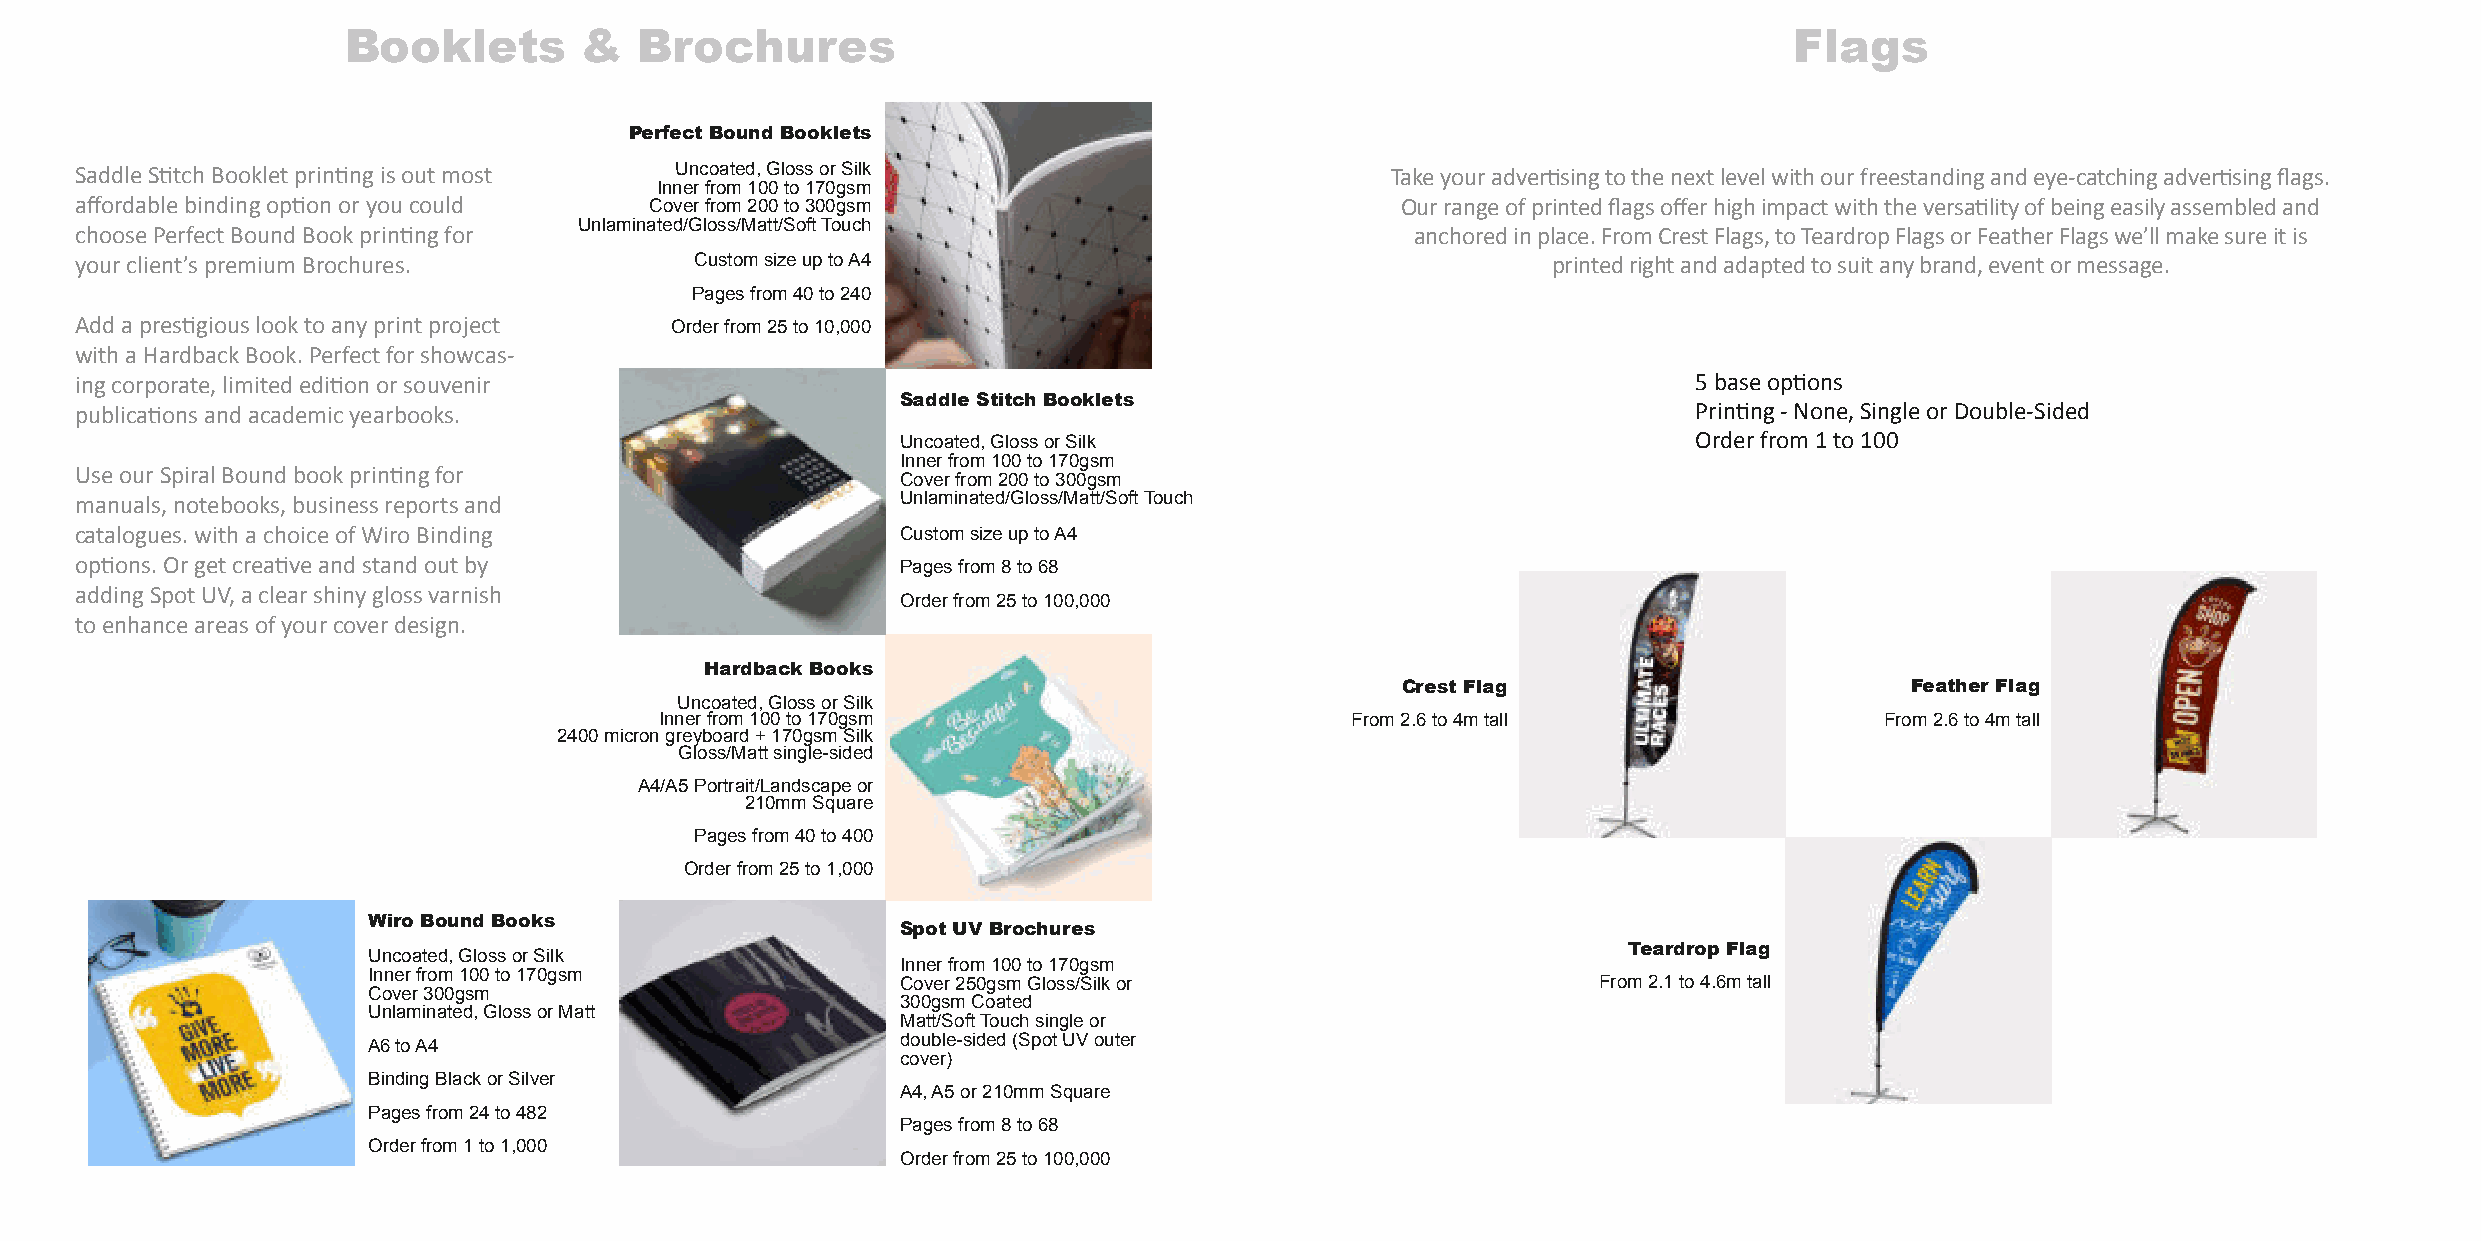
Booklets        &  Brochures                                                                    Flags
 PerfectBound Booklets
 SaddleS�tchBookletprin�ngisoutmost      Uncoated,GlossorSilk                           Takeyouradver�singtothenextlevelwithourfreestandingandeye-catchingadver�singflags.
 Innerfrom100to170gsm
 affordablebindingop�onoryoucould      Coverfrom200to300gsm                              Ourrangeofprintedflagsofferhighimpactwiththeversa�lityofbeingeasilyassembledand
 Unlaminated/Gloss/Matt/SoftTouch
 choosePerfectBoundBookprin�ngfor                                                         anchoredinplace.FromCrestFlags,toTeardropFlagsorFeatherFlagswe’llmakesureitis
 yourclient’spremiumBrochures.            CustomsizeuptoA4                                         printedrightandadaptedtosuitanybrand,eventormessage.
 Pagesfrom40to240
 Addapres�giouslooktoanyprintproject    Orderfrom25to10,000
 withaHardbackBook.Perfectforshowcas-
 ingcorporate,limitededi�onorsouvenir                                                                       5baseop�ons
 Saddle Stitch Booklets
 publica�onsandacademicyearbooks.                                                                           Prin�ng-None,SingleorDouble-Sided
 Uncoated,GlossorSilk                                Orderfrom1to100
 Innerfrom100to170gsm
 UseourSpiralBoundbookprin�ngfor
 Coverfrom200to300gsm
 manuals,notebooks,businessreportsand                   Unlaminated/Gloss/Matt/SoftTouch
 catalogues.withachoiceofWiroBinding                    CustomsizeuptoA4
 op�ons.Orgetcrea�veandstandoutby                       Pagesfrom8to68
 addingSpotUV,aclearshinyglossvarnish
 Orderfrom25to100,000
 toenhanceareasofyourcoverdesign.
 Hardback Books
 CrestFlag                         FeatherFlag
 Uncoated,GlossorSilk
 Innerfrom100to170gsm                         From2.6to4mtall                     From2.6to4mtall
 2400microngreyboard+170gsmSilk
 Gloss/Mattsingle-sided
 A4/A5Portrait/Landscapeor
 210mmSquare
 Pagesfrom40to400
 Orderfrom25to1,000
 Wiro Bound Books
 SpotUVBrochures
 Teardrop Flag
 Uncoated,GlossorSilk
 Innerfrom100to170gsm
 Innerfrom100to170gsm
 Cover250gsmGloss/Silkor                       From2.1to4.6mtall
 Cover300gsm
 300gsmCoated
 Unlaminated,GlossorMatt
 Matt/SoftTouchsingleor
 A6toA4                              double-sided(SpotUVouter
 cover)
 BindingBlackorSilver
 A4,A5or210mmSquare
 Pagesfrom24to482
 Pagesfrom8to68
 Orderfrom1to1,000
 Orderfrom25to100,000